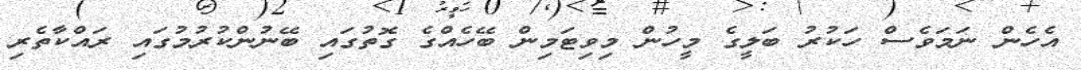
އެހެން ނަމަވެސް ހަކުރު ބަލީގެ މީހުން މިވިޓަމިން ބޭހެއްގެ ގޮތުގައި ބޭނުންކުރުމުގައި ރައްކާތެރި